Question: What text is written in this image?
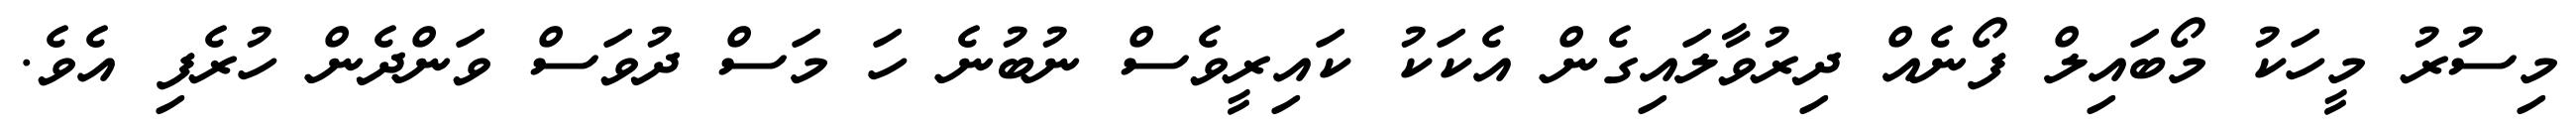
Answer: މިސުރު މީހަކު މޯބައިލް ފޯނެއް ދިރުވާލައިގެން އެކަކު ކައިރީވެސް ނުބުނެ ހަ މަސް ދުވަސް ވަންދެން ހުރެފި އެވެ.